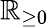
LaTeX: \mathbb{R}_{\geq 0}